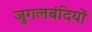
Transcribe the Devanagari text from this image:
जुगलबंदियों